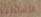
الأساطير